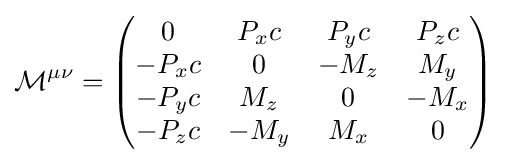
{\mathcal {M}}^{\mu \nu }={\begin{pmatrix}0&P_{x}c&P_{y}c&P_{z}c\\-P_{x}c&0&-M_{z}&M_{y}\\-P_{y}c&M_{z}&0&-M_{x}\\-P_{z}c&-M_{y}&M_{x}&0\end{pmatrix}}